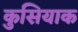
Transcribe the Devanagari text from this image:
कुसियाक